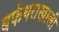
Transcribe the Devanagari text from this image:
बर्फथराखाली